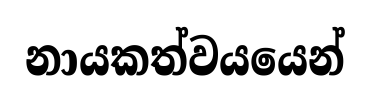
නායකත්වයයෙන්